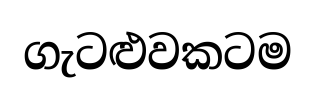
ගැටළුවකටම